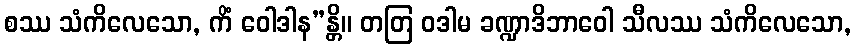
စဿ သံကိလေသော, ကိံ ဝေါဒါန”န္တိ။ တတြ ဝဒါမ ခဏ္ဍာဒိဘာဝေါ သီလဿ သံကိလေသော,